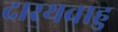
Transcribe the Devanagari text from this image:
दारयवाहु